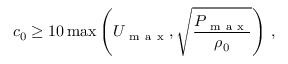
c _ { 0 } \ge 1 0 \operatorname* { m a x } \left( U _ { \mathrm { ~ m ~ a ~ x ~ } } , \sqrt { \frac { P _ { \mathrm { ~ m ~ a ~ x ~ } } } { \rho _ { 0 } } } \right) \, ,